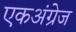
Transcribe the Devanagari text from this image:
एकअंग्रेज